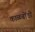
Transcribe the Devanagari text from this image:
काळबोंडी